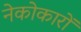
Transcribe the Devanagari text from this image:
नेकोकारों